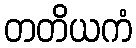
တတိယကံ